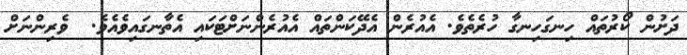
ދަށުން ކޯރުތައް ހިނގަހިނގާ ހުރެތެވެ. އެއުރެން އެދޭކަންތައް އެއުރެންނަށްޓަކައި އެތާނގައިވެއެވެ.  ވެރިންނަށް